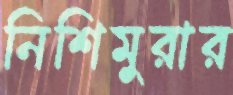
নিশিমুরার